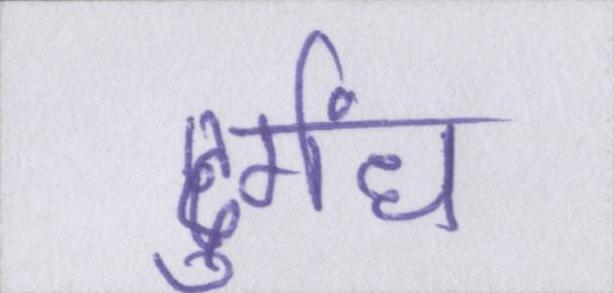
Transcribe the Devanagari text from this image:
दुर्गंध